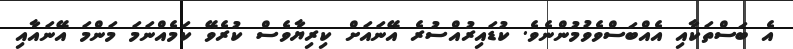
އެ ބަސްތަކާއި އެއްބަސްވެވުމުންނެވެ. ކުޑައިރުއްސުރެ އޭނައަށް ކިރިޔާވެސް ކުރެވޭ ކަމެއްނަމަ މަންމަ އޭނައާއި